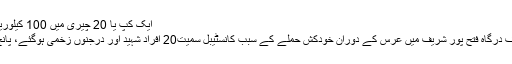
ایک کپ یا 20 چیری میں 100 کیلوریز ہوتی ہیں جو وٹامن مزید پڑھیں
جھل مگسی : بلوچستان کی معروف درگاہ فتح پور شریف میں عرس کے دوران خودکش حملے کے سبب کانسٹیبل سمیت20 افراد شہید اور درجنوں زخمی ہوگئے، پانچ افراد کی حالت تشویش ناک ہے۔